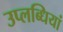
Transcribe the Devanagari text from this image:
उप्लब्धियां